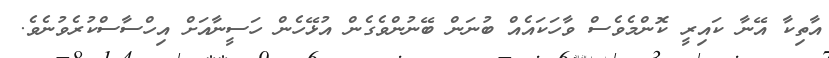
އާތިކާ އޭނާ ކައިރީ ކޮންމެވެސް ވާހަކައެއް ބުނަން ބޭނުންވެގެން އުޅޭހެން ހަސީނާއަށް އިހްސާސްކުރެވުނެވެ.